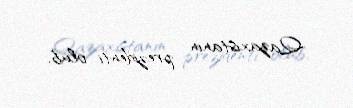
Qazaxıstanın prezidenti olub.